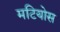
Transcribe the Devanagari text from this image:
मटियोस